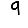
Digit: 9